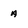
Character: A